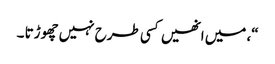
“، میں انھیں کسی طرح نہیں چھوڑتا ۔